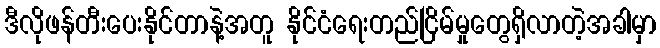
ဒီလိုဖန်တီးပေးနိုင်တာနဲ့အတူ နိုင်ငံရေးတည်ငြိမ်မှုတွေရှိလာတဲ့အခါမှာ